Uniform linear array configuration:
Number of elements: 48
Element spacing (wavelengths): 0.75
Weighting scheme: uniform
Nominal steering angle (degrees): -60
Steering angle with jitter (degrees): -59.009
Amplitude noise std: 0.05
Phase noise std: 0.05

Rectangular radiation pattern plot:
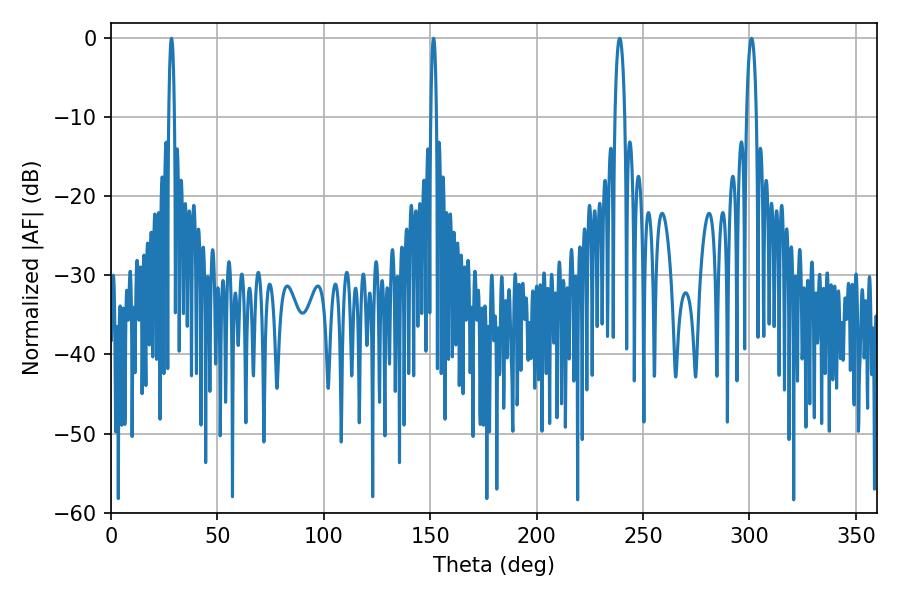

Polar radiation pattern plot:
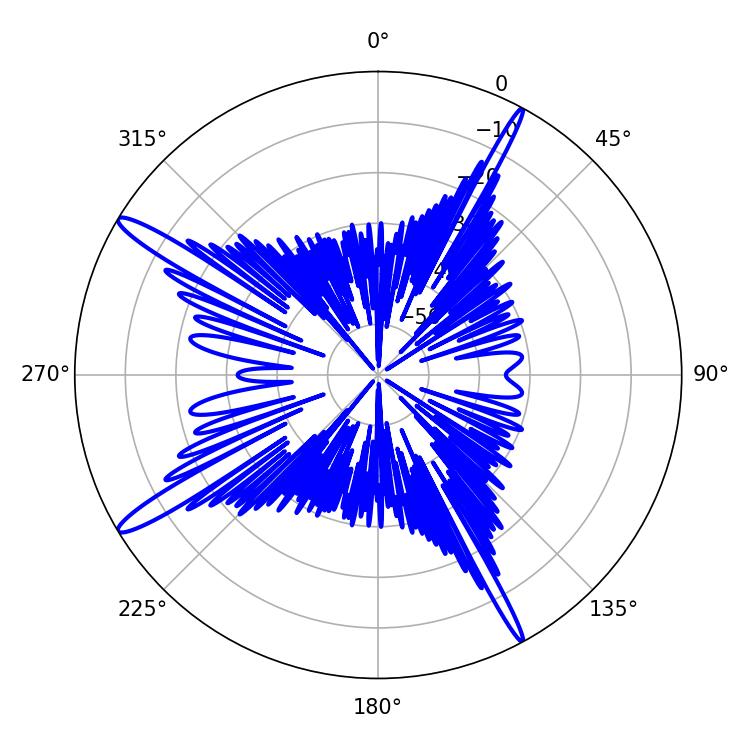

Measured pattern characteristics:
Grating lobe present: TRUE
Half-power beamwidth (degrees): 1.44
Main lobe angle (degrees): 28.44